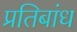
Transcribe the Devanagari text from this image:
प्रतिबांध